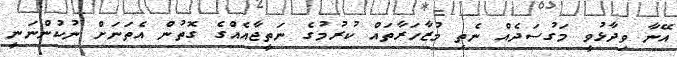
އޭނާ ވިދާޅުވީ މަގުސަދެއް ނެތި މުޒާހަރާތައް ކުރުމުގެ ނަތީޖާއެއްގެ ގޮތުން އެތަނަށް ނުކުންނަނީ